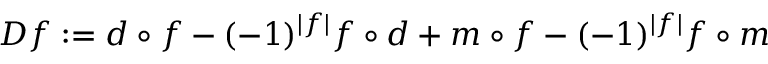
D f : = d \circ f - ( - 1 ) ^ { | f | } f \circ d + m \circ f - ( - 1 ) ^ { | f | } f \circ m